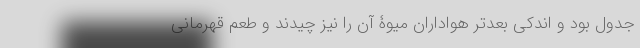
جدول بود و اندکی بعدتر هواداران میوۀ آن را نیز چیدند و طعم قهرمانی